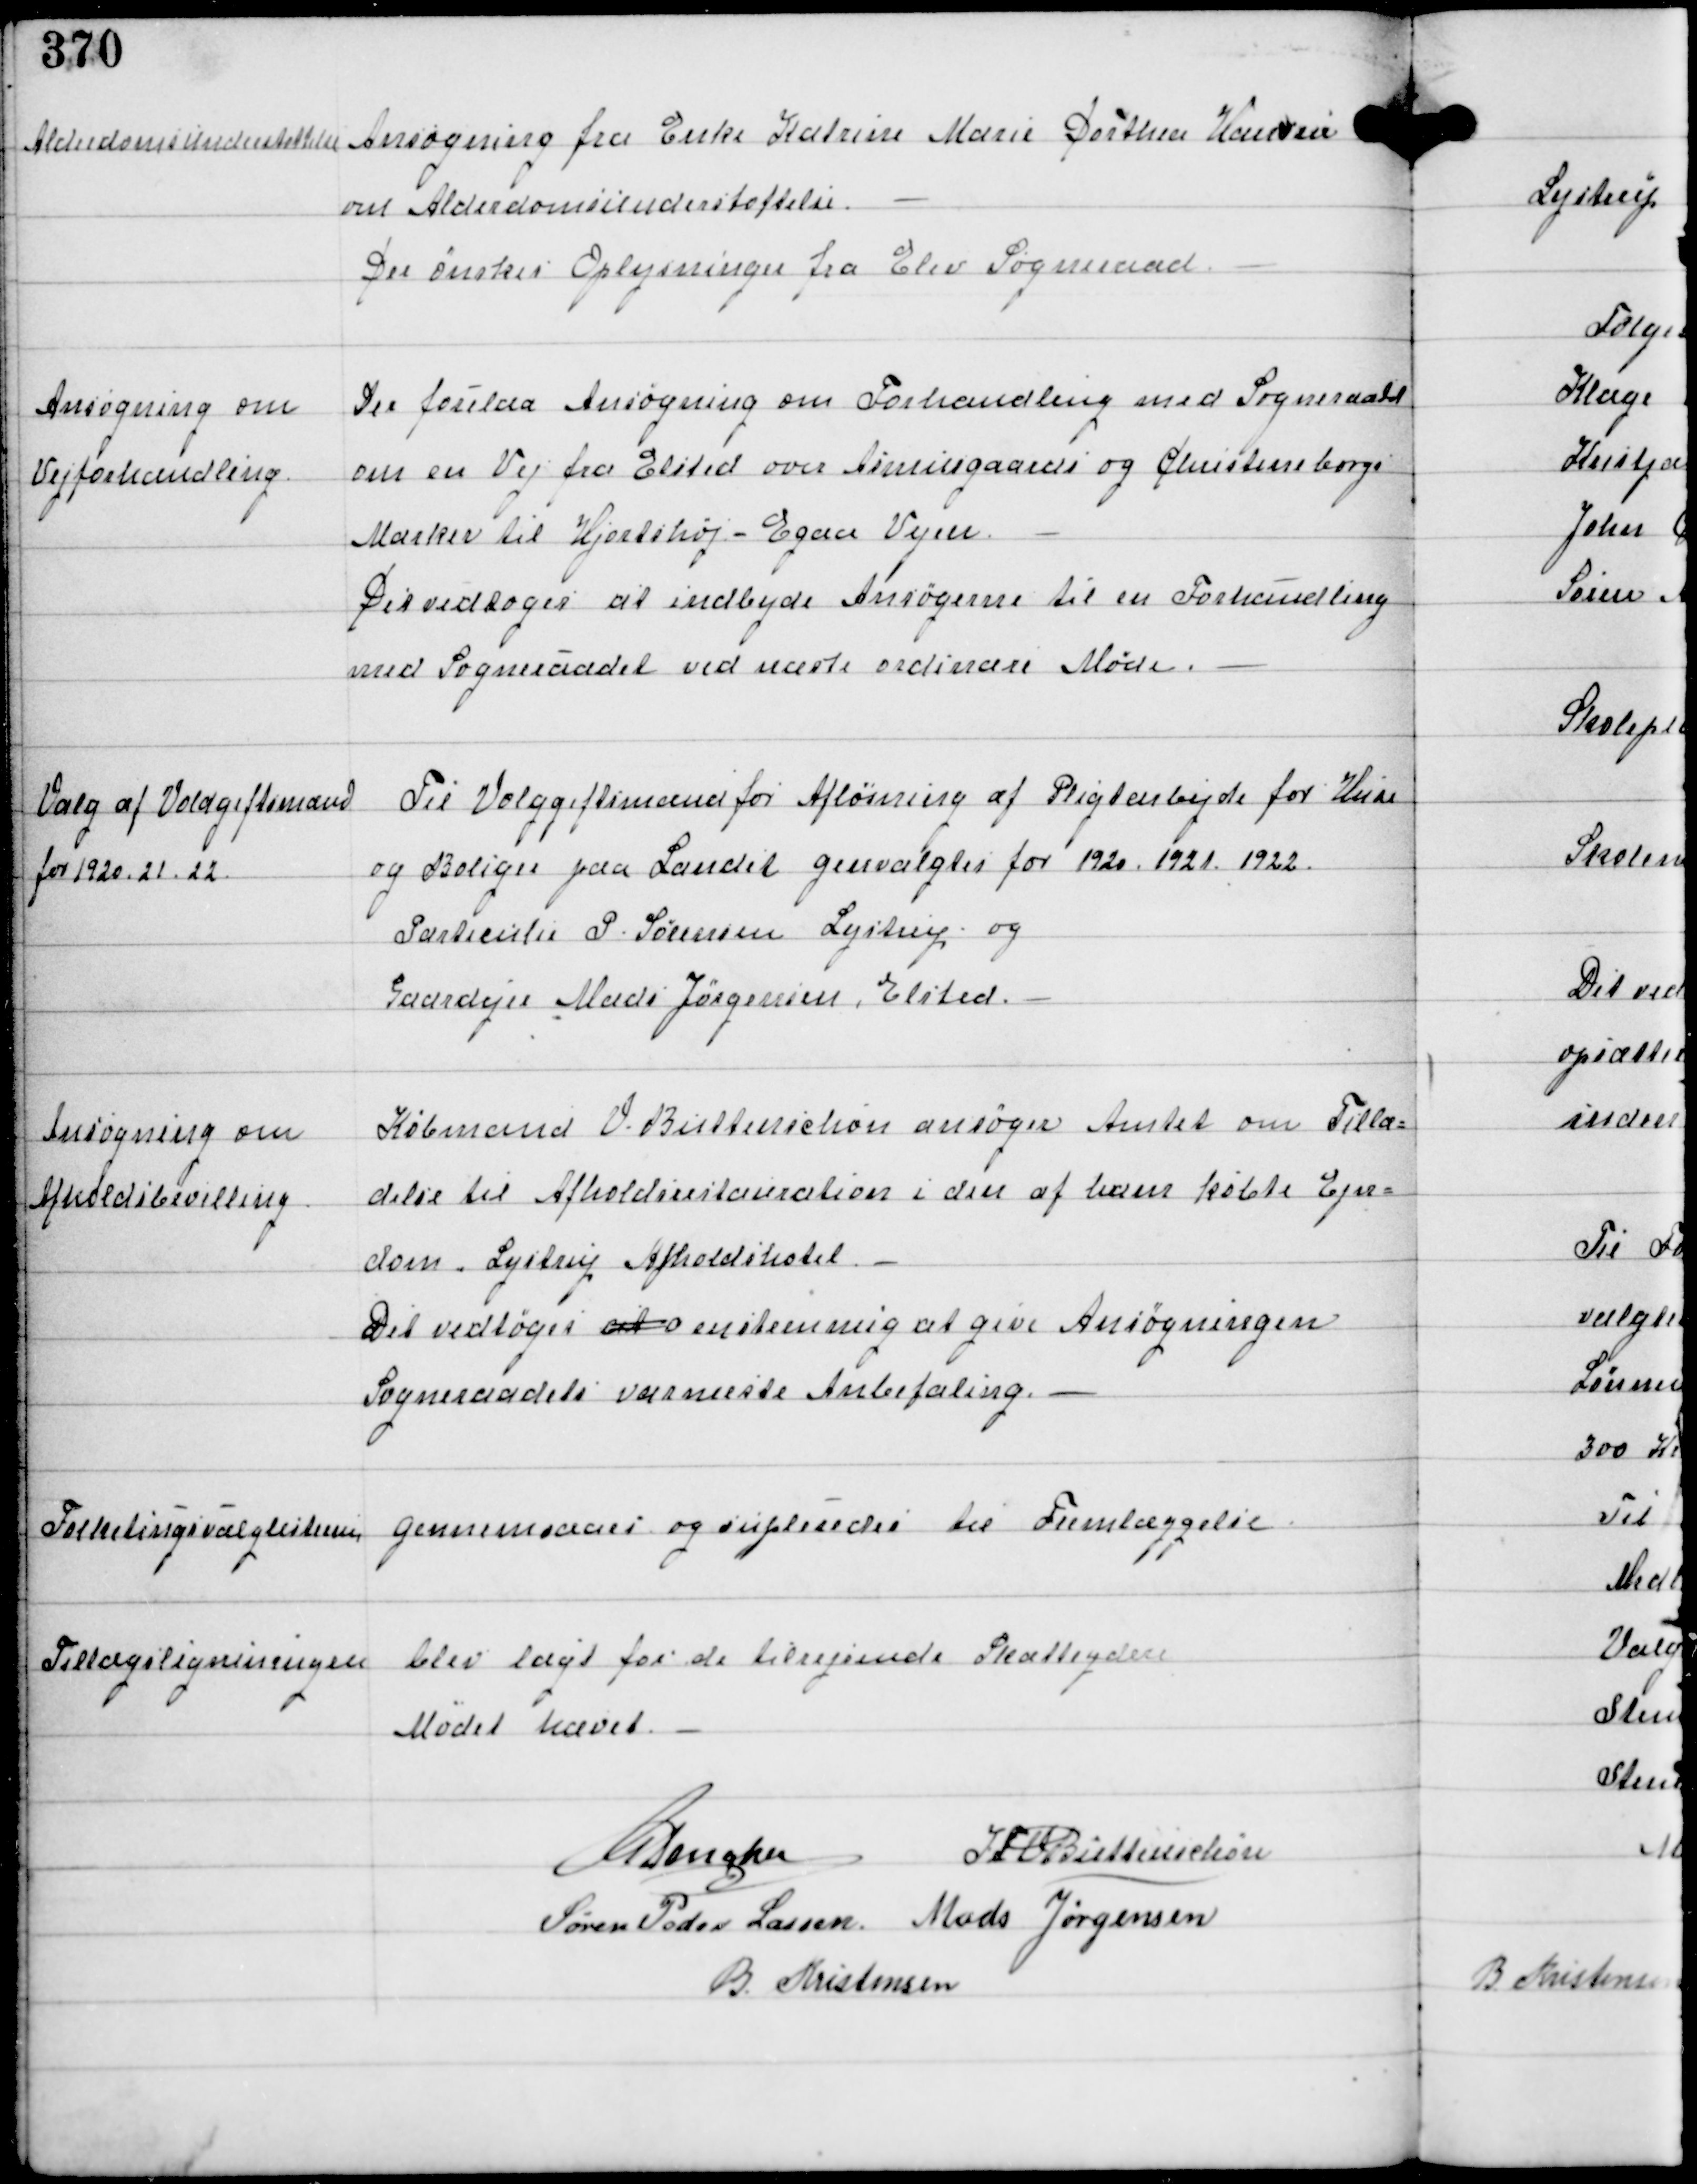
Transskription:
Alderdomsunderstøttelse

Ansøgning fra Enke Katrine Marie Dorthea Hansen
om Alderdomsunderstøttelse.
Der ønskes Oplysninger fra Elev Sogneraad.

Ansøgning om
Vejforhandling.

Der forelaa Ansøgning om Forhandling med Sogneraadet
om en Vej fra Elsted over Asmusgaards og Christineborgs
Marker til Hjorthøj-Egaa Vejen.
Det vedtoges at indbyde Ansøgerne til en Forhandling
med Sogneraadet ved næste ordinære Møde.

Valg af Voldgiftmænd
for 1920. 21. 22.

Til Voldgiftmænd for Afløsning af Pligtarbejde for Huse
og Boliger paa Landet genvalgtes for 1920. 1921. 1922.
Particulier P. Sørensen Lystrup
Gaardejer Mads Jørgensen, Elsted.

Ansøgning om
Afholdsbevilling

Købmand V. Buttenschøn ansøger Amtet om Tilla-
delse til Afholdsrestauration i den af ham købte Ejen-
dom. Lystrup Afholdhotel.
Det vedtoges at enstemmig at give Ansøgningen
Sogneraadets varmeste Anbefaling.

Folketingsvalglisterne

gennemgaaet og infaledes til Fremlæggelse

Tillægsligningen

blev lagt for de tilrejsende Skatteydere

Mødet hævet.

C Dencker IFV Buttenschøn
Søren Peder Lassen Mads Jørgensen
B. Kristensen